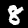
Digit: 8